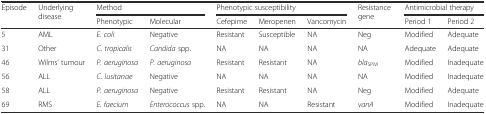
<table><thead><tr><td rowspan="2"><b>Episode</b></td><td rowspan="2"><b>Underlying disease</b></td><td colspan="2"><b>Method</b></td><td colspan="3"><b>Phenotypic susceptibility</b></td><td rowspan="2"><b>Resistance gene</b></td><td colspan="2"><b>Antimicrobial therapy</b></td></tr><tr><td><b>Phenotypic</b></td><td><b>Molecular</b></td><td><b>Cefepime</b></td><td><b>Meropenen</b></td><td><b>Vancomycin</b></td><td><b>Period 1</b></td><td><b>Period 2</b></td></tr></thead><tbody><tr><td>5</td><td>AML</td><td><i>E. coli</i></td><td>Negative</td><td>Resistant</td><td>Susceptible</td><td>NA</td><td>Neg</td><td>Modified</td><td>Adequate</td></tr><tr><td>31</td><td>Other</td><td><i>C. tropicalis</i></td><td><i>Candida</i> spp.</td><td>NA</td><td>NA</td><td>NA</td><td>NA</td><td>Adequate</td><td>Adequate</td></tr><tr><td>46</td><td>Wilms’ tumour</td><td><i>P. aeruginosa</i></td><td><i>P. aeruginosa</i></td><td>Resistant</td><td>Resistant</td><td>NA</td><td><i>bla</i><sub>SPM</sub></td><td>Modified</td><td>Inadequate</td></tr><tr><td>56</td><td>ALL</td><td><i>C. lusitanae</i></td><td>Negative</td><td>NA</td><td>NA</td><td>NA</td><td>NA</td><td>Modified</td><td>Inadequate</td></tr><tr><td>58</td><td>ALL</td><td><i>P. aeruginosa</i></td><td>Negative</td><td>Resistant</td><td>Resistant</td><td>NA</td><td>Neg</td><td>Modified</td><td>Adequate</td></tr><tr><td>69</td><td>RMS</td><td><i>E. faecium</i></td><td><i>Enterococcus</i> spp.</td><td>NA</td><td>NA</td><td>Resistant</td><td><i>vanA</i></td><td>Modified</td><td>Inadequate</td></tr></tbody></table>